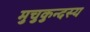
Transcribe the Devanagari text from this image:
मुचुकुन्दस्य